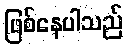
ဖြစ်နေပါသည်